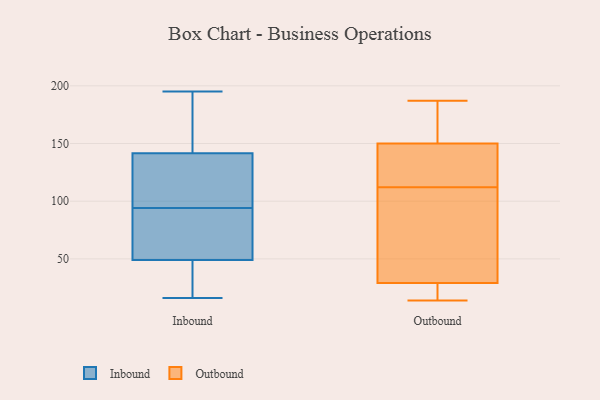
{"axis": {"x": "Energy Usage (MWh)", "y": "Value"}, "legend": ["Inbound", "Outbound"], "data": [{"x": "", "y": 97, "type": "Inbound"}, {"x": "", "y": 141, "type": "Inbound"}, {"x": "", "y": 37, "type": "Inbound"}, {"x": "", "y": 53, "type": "Inbound"}, {"x": "", "y": 195, "type": "Inbound"}, {"x": "", "y": 96, "type": "Inbound"}, {"x": "", "y": 16, "type": "Inbound"}, {"x": "", "y": 37, "type": "Inbound"}, {"x": "", "y": 108, "type": "Inbound"}, {"x": "", "y": 45, "type": "Inbound"}, {"x": "", "y": 25, "type": "Inbound"}, {"x": "", "y": 76, "type": "Inbound"}, {"x": "", "y": 92, "type": "Inbound"}, {"x": "", "y": 142, "type": "Inbound"}, {"x": "", "y": 156, "type": "Inbound"}, {"x": "", "y": 154, "type": "Inbound"}, {"x": "", "y": 75, "type": "Inbound"}, {"x": "", "y": 134, "type": "Inbound"}, {"x": "", "y": 63, "type": "Inbound"}, {"x": "", "y": 168, "type": "Inbound"}, {"x": "", "y": 25, "type": "Outbound"}, {"x": "", "y": 146, "type": "Outbound"}, {"x": "", "y": 29, "type": "Outbound"}, {"x": "", "y": 187, "type": "Outbound"}, {"x": "", "y": 71, "type": "Outbound"}, {"x": "", "y": 121, "type": "Outbound"}, {"x": "", "y": 103, "type": "Outbound"}, {"x": "", "y": 14, "type": "Outbound"}, {"x": "", "y": 150, "type": "Outbound"}, {"x": "", "y": 167, "type": "Outbound"}]}